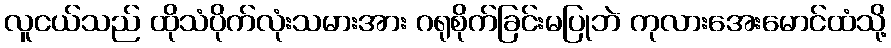
လူငယ်သည် ထိုသံပိုက်လုံးသမားအား ဂရုစိုက်ခြင်းမပြုဘဲ ကုလားအေးမောင်ထံသို့